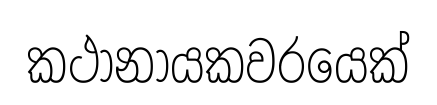
කථානායකවරයෙක්